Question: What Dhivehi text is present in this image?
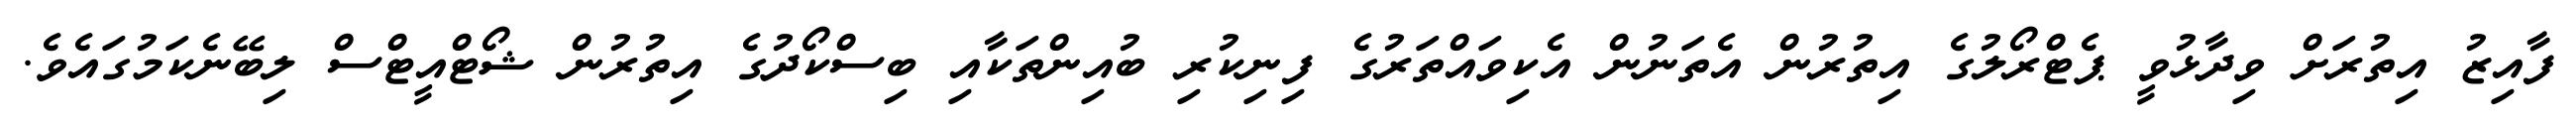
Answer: ފާއިޒު އިތުރަށް ވިދާޅުވީ ޕެޓްރޯލުގެ އިތުރުން އެތަނުން އެކިވައްތަރުގެ ފިނިކުރި ބުއިންތަކާއި ބިސްކޯދުގެ އިތުރުން ޝޯޓްއީޓްސް ލިބޭނެކަމުގައެވެ.